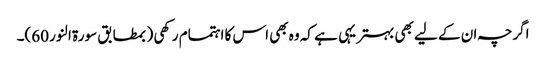
اگرچہ ان کے لیے بھی بہتر یہی ہے کہ وہ بھی اس کا اہتمام رکھی (بمطابق سورۃ النور 60)۔